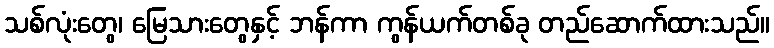
သစ်လုံးတွေ၊ မြေသားတွေနှင့် ဘန်ကာ ကွန်ယက်တစ်ခု တည်ဆောက်ထားသည်။